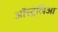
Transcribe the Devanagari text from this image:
ऑस्ट्रेलिआ